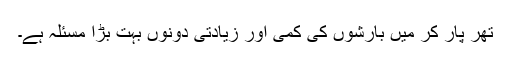
تھر پار کر میں بارشوں کی کمی اور زیادتی دونوں بہت بڑا مسئلہ ہے۔